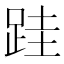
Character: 跬